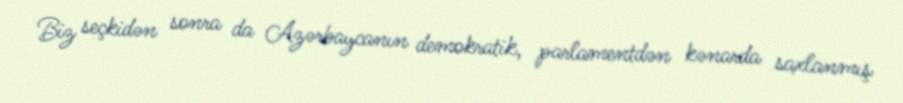
Biz seçkidən sonra da Azərbaycanın demokratik, parlamentdən kənarda saxlanmış